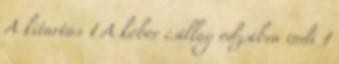
A kitartás 1 A kóbor csillag odzsibva indi 1